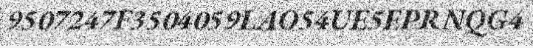
9507247F3504059LAO54UE5EPRNQG4